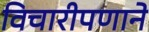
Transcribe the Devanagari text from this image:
विचारीपणाने